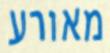
מאורע